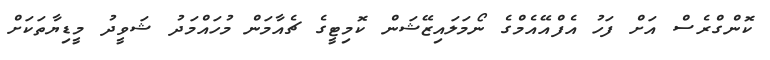
ކޮންގްރެސް އަށް ފަހު އެފްއޭއެމްގެ ނޯމަލައިޒޭޝަން ކޮމިޓީގެ ޗެއާމަން މުހައްމަދު ޝަވީދު މީޑިޔާތަކަށް